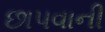
છાપવાની